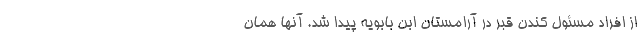
از افراد مسئول کندن قبر در آرامستان ابن بابویه پیدا شد. آنها همان